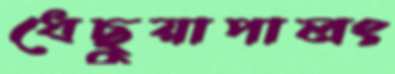
ধেছুয়াপালং